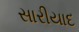
સારીયાદ